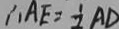
\therefore A E = \frac { 1 } { 2 } A D